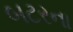
બટરના